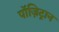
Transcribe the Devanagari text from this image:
पॉज़िट्रान